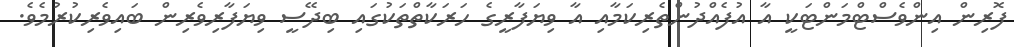
ފޮރިން އިންވެސްޓްމަންޓަކީ އާ އުފެއްދުންތެރިކަމާއި އާ ވިޔަފާރީގެ ހަރަކާތްތަކުގައި ބިދޭސީ ވިޔަފާރިވެރިން ބައިވެރިކުރުމެވެ.